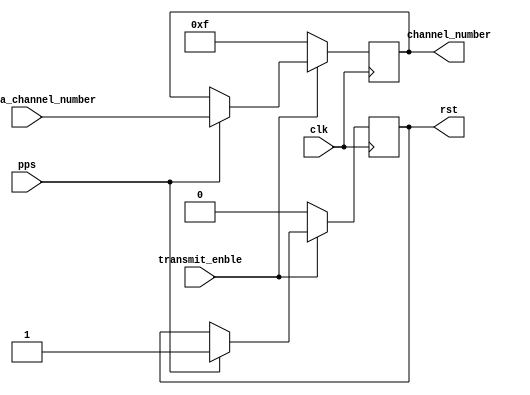
module rst_generater (clk,pps,transmit_enble,gps_data_channel_number,rst,channel_number);//1pps

input clk;
input pps,transmit_enble;
input [3:0] gps_data_channel_number;

output reg rst;
output reg [3:0] channel_number;

always @ (posedge clk)
begin
	if (transmit_enble== 1)//
		begin
			if (pps == 1)
				begin
					rst <= 1;
					channel_number <= gps_data_channel_number;
				end
			else begin 
					rst <= rst;		
					channel_number <= channel_number;
				end
		end
	else begin
		rst <= 0;
		channel_number <= 4'b1111;
	end

end
endmodule